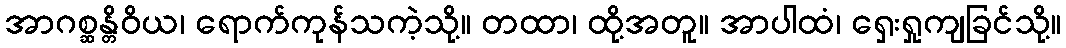
အာဂစ္ဆန္တိဝိယ၊ ရောက်ကုန်သကဲ့သို့။ တထာ၊ ထို့အတူ။ အာပါထံ၊ ရှေးရှုကျခြင်သို့။